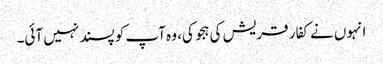
انہوں نے کفار قریش کی ہجو کی، وہ آپ کو پسند نہیں آئی۔